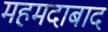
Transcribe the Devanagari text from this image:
महमदाबाद